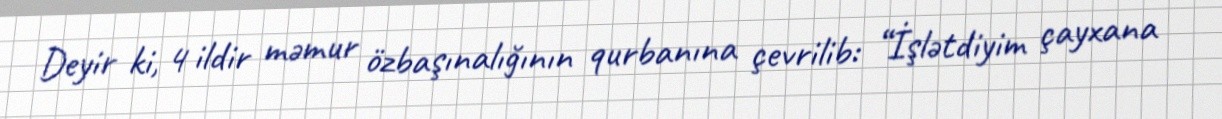
Deyir ki, 4 ildir məmur özbaşınalığının qurbanına çevrilib: “İşlətdiyim çayxana